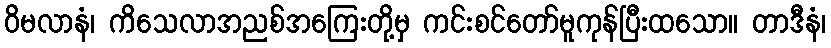
ဝိမလာနံ၊ ကိသေလာအညစ်အကြေးတို့မှ ကင်းစင်တော်မူကုန်ပြီးထသော။ တာဒီနံ၊